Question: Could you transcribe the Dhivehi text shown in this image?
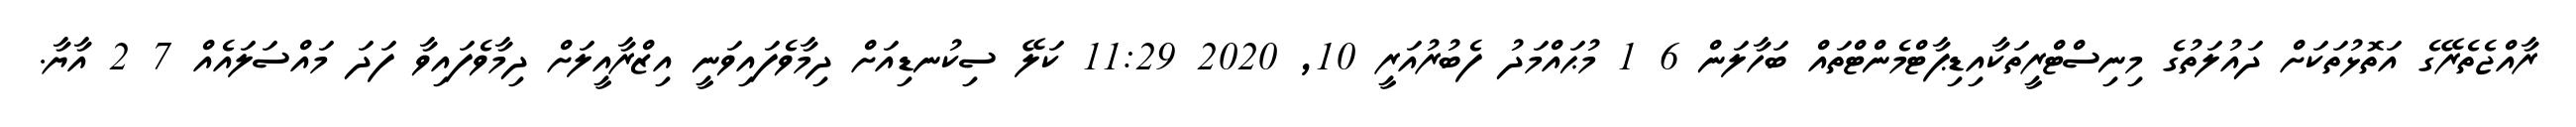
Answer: ރާއްޖެތެރޭގެ އަތޮޅުތަކަށް ދައުލަތުގެ މިނިސްޓްރީތަކާއިޑިޕާޓްމެންޓްތައް ބަހާލަން 6 1 މުޙައްމަދު ފެބުރުއަރީ 10, 2020 11:29 ކަލޭ ސިކުނޑިއަށް ދިމާވެފައިވަނީ އިޒްރާއީލަށް ދިމާވެފައިވާ ފަދަ މައްސަލައެއް 7 2 އާޔާ.